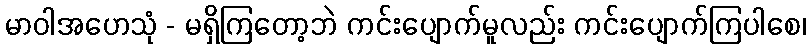
မာဝါအဟေသုံ - မရှိကြတော့ဘဲ ကင်းပျောက်မူလည်း ကင်းပျောက်ကြပါစေ၊